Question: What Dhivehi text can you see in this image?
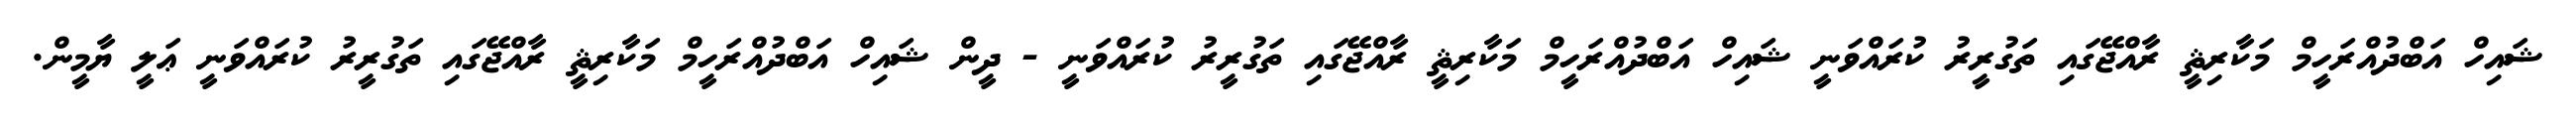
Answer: ޝައިހް އަބްދުއްރަހީމް މަކާރިޘީ ރާއްޖޭގައި ތަގުރީރު ކުރައްވަނީ ޝައިހް އަބްދުއްރަހީމް މަކާރިޘީ ރާއްޖޭގައި ތަގުރީރު ކުރައްވަނީ - ދީން ޝައިހް އަބްދުއްރަހީމް މަކާރިޘީ ރާއްޖޭގައި ތަގުރީރު ކުރައްވަނީ ޢަލީ ޔާމީން.